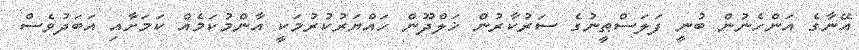
އޭނާގެ އަންހެނުން ބުނީ ފަލަސްޠީނުގެ ސަރުކާރުން ޚަލްދޫން ހައްޔަރުކުރުމަކީ އާންމުކަމެއް ކަމަށާއި އަބަދުވެސް